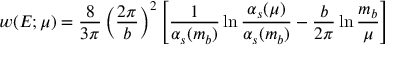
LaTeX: w ( E ; \mu ) = \frac { 8 } { 3 \pi } \left( \frac { 2 \pi } { b } \right) ^ { 2 } \left[ \frac { 1 } { \alpha _ { s } ( m _ { b } ) } \ln { \frac { \alpha _ { s } ( \mu ) } { \alpha _ { s } ( m _ { b } ) } } - \frac { b } { 2 \pi } \ln { \frac { m _ { b } } { \mu } } \right]